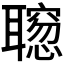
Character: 𫆒